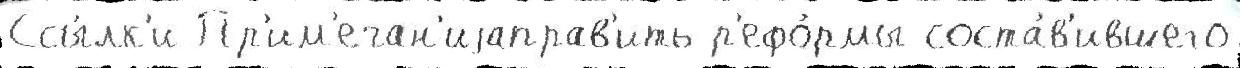
Ссы́лк'и Пр'им'ечан'иjаправ'ить р'ефо́рмы соста́в'ившего